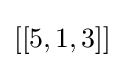
\left[[5,1,3\right]]